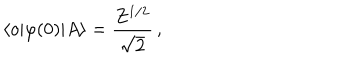
\langle o | \varphi ( 0 ) | A \rangle = \frac { Z ^ { 1 / 2 } } { \sqrt { 2 } } \, ,